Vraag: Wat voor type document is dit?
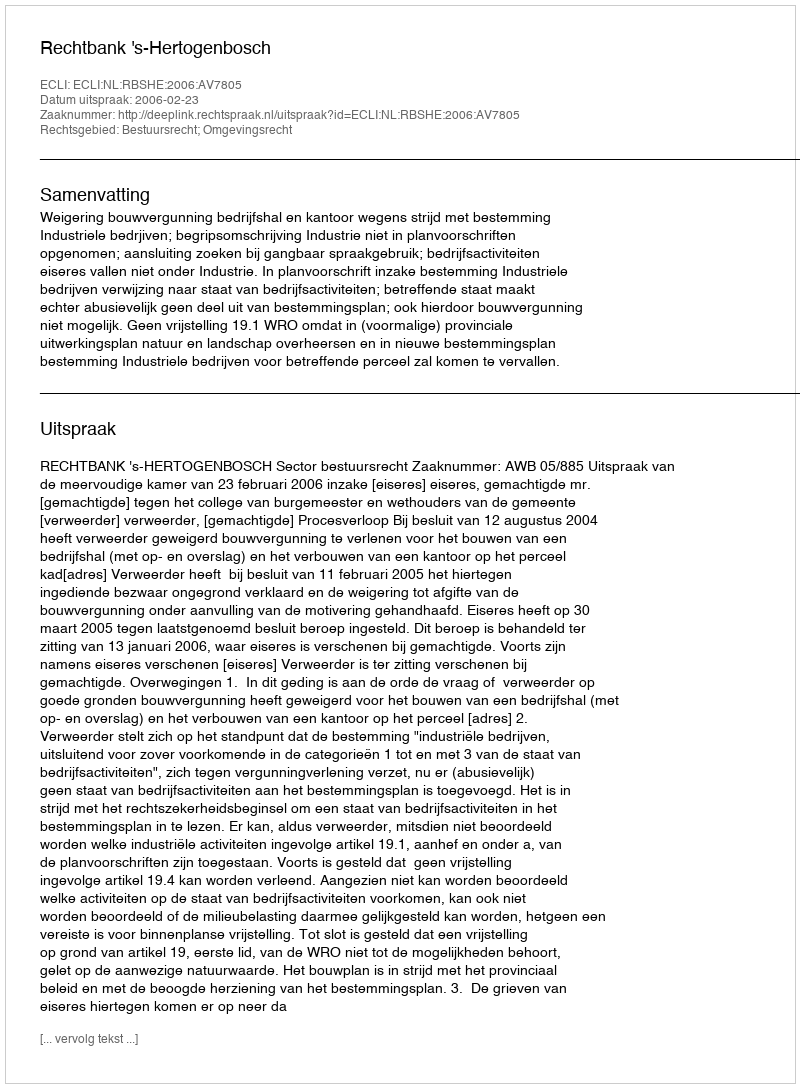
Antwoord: Uitspraak